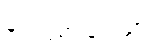
ခွင့်လွှတ်ခြင်းနှင့်